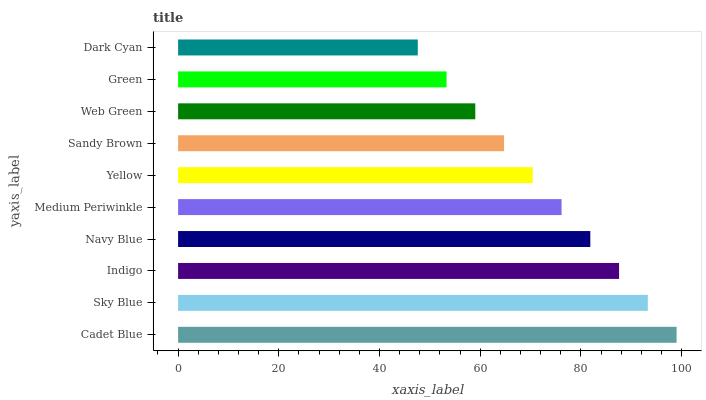
| yaxis_label | bars |
 | --- | --- |
 | Cadet Blue | 99 |
 | Sky Blue | 93.3 |
 | Indigo | 87.6 |
 | Navy Blue | 81.9 |
 | Medium Periwinkle | 76.2 |
 | Yellow | 70.4 |
 | Sandy Brown | 64.7 |
 | Web Green | 59 |
 | Green | 53.3 |
 | Dark Cyan | 47.6 |